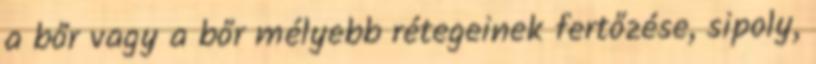
a bőr vagy a bőr mélyebb rétegeinek fertőzése, sipoly,